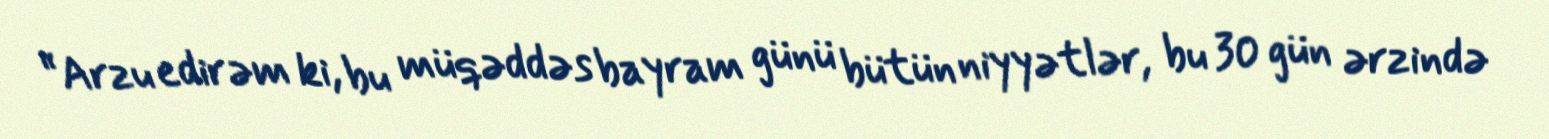
“Arzu edirəm ki, bu müqəddəs bayram günü bütün niyyətlər, bu 30 gün ərzində